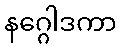
နဂ္ဂေါဒကာ